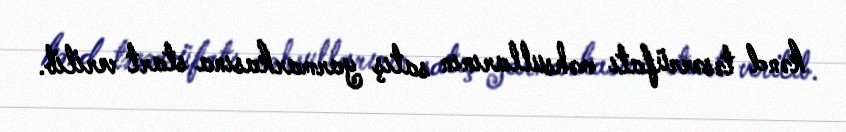
kənd təsərrüfatı məhsullarının satış yarmarkasına start verilib.